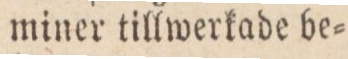
miner tillwerkade be=